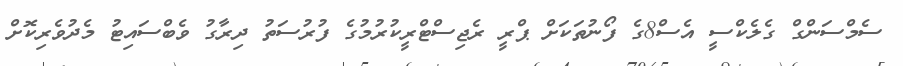
ސެމްސަންގް ގެލެކްސީ އެސް8ގެ ފޯނުތަކަށް ޕްރީ ރެޖިސްޓްރީކުރުމުގެ ފުރުސަތު ދިރާގު ވެބްސައިޓު މެދުވެރިކޮށް